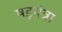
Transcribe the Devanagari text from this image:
षड़यंत्रा